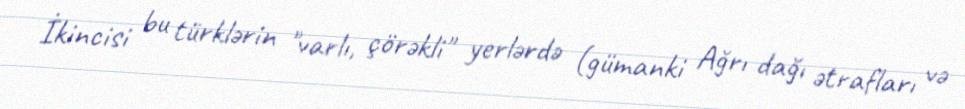
İkincisi bu türklərin "varlı, çörəkli" yerlərdə (gümanki Ağrı dağı ətrafları və